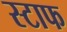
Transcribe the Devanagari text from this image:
स्टाफ